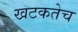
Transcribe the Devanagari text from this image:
खटकतेच